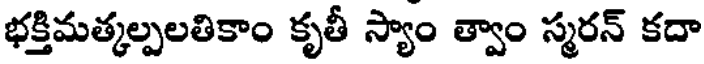
భక్తిమత్కల్పలతికాం కృతీ స్యాం త్వాం స్మరన్ కదా